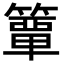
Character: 𮆕